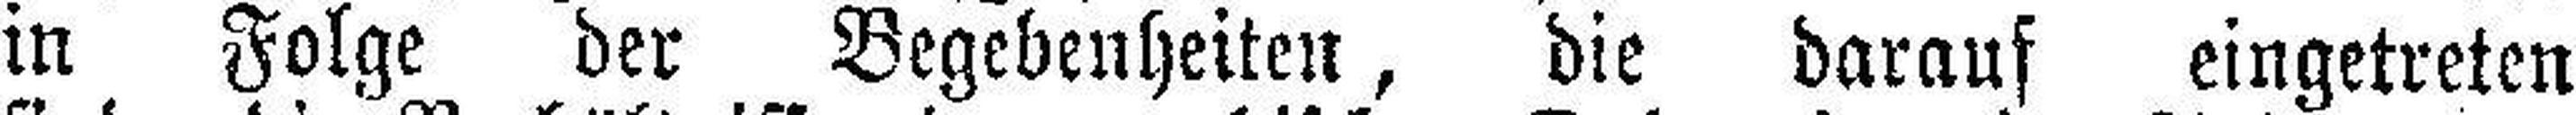
in Folge der Begebenheiten, die darauf eingetreten